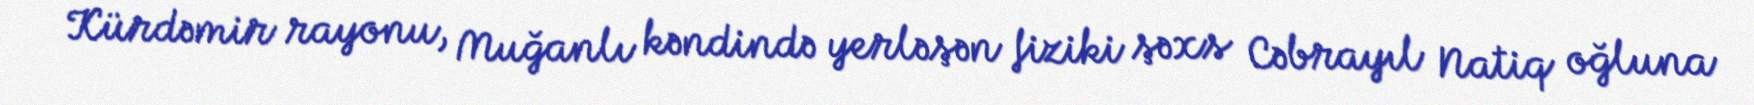
Kürdəmir rayonu, Muğanlı kəndində yerləşən fiziki şəxs Cəbrayıl Natiq oğluna